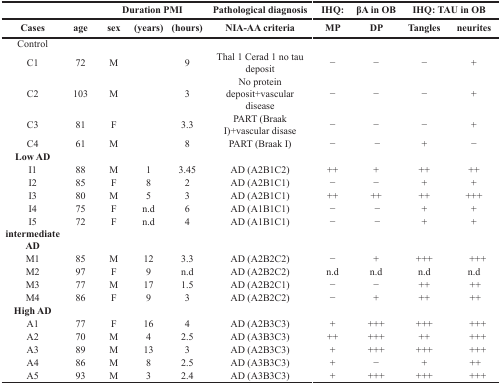
<table><thead><tr><td></td><td></td><td colspan="3"><b>Duration PMI</b></td><td><b>Pathological diagnosis</b></td><td><b>IHQ:</b></td><td><b>βA in OB</b></td><td colspan="2"><b>IHQ: TAU in OB</b></td></tr><tr><td><b>Cases</b></td><td><b>age</b></td><td><b>sex</b></td><td><b>(years)</b></td><td><b>(hours)</b></td><td><b>NIA-AA criteria</b></td><td><b>MP</b></td><td><b>DP</b></td><td><b>Tangles</b></td><td><b>neurites</b></td></tr></thead><tbody><tr><td>Control</td><td></td><td></td><td></td><td></td><td></td><td></td><td></td><td></td><td></td></tr><tr><td> C1</td><td>72</td><td>M</td><td></td><td>9</td><td>Thal 1 Cerad 1 no tau deposit</td><td>−</td><td>−</td><td>−</td><td>+</td></tr><tr><td> C2</td><td>103</td><td>M</td><td></td><td>3</td><td>No protein deposit+vascular disease</td><td>−</td><td>−</td><td>−</td><td>+</td></tr><tr><td> C3</td><td>81</td><td>F</td><td></td><td>3.3</td><td>PART (Braak I)+vascular disase</td><td>−</td><td>−</td><td>−</td><td>+</td></tr><tr><td> C4</td><td>61</td><td>M</td><td></td><td>8</td><td>PART (Braak I)</td><td>−</td><td>−</td><td>+</td><td>−</td></tr><tr><td><b>Low AD</b></td><td></td><td></td><td></td><td></td><td></td><td></td><td></td><td></td><td></td></tr><tr><td> I1</td><td>88</td><td>M</td><td>1</td><td>3.45</td><td>AD (A2B1C2)</td><td>++</td><td>+</td><td>++</td><td>++</td></tr><tr><td> I2</td><td>85</td><td>F</td><td>8</td><td>2</td><td>AD (A2B1C1)</td><td>−</td><td>−</td><td>+</td><td>+</td></tr><tr><td> I3</td><td>80</td><td>M</td><td>5</td><td>3</td><td>AD (A2B1C1)</td><td>++</td><td>++</td><td>++</td><td>+++</td></tr><tr><td> I4</td><td>75</td><td>F</td><td>n.d</td><td>6</td><td>AD (A1B1C1)</td><td>−</td><td>−</td><td>+</td><td>+</td></tr><tr><td> I5</td><td>72</td><td>F</td><td>n.d</td><td>4</td><td>AD (A1B1C1)</td><td>−</td><td>−</td><td>+</td><td>+</td></tr><tr><td><b>intermediate AD</b></td><td></td><td></td><td></td><td></td><td></td><td></td><td></td><td></td><td></td></tr><tr><td> M1</td><td>85</td><td>M</td><td>12</td><td>3.3</td><td>AD (A2B2C2)</td><td>−</td><td>+</td><td>+++</td><td>+++</td></tr><tr><td> M2</td><td>97</td><td>F</td><td>9</td><td>n.d</td><td>AD (A2B2C2)</td><td>n.d</td><td>n.d</td><td>n.d</td><td>n.d</td></tr><tr><td> M3</td><td>77</td><td>M</td><td>17</td><td>1.5</td><td>AD (A2B2C1)</td><td>−</td><td>−</td><td>++</td><td>++</td></tr><tr><td> M4</td><td>86</td><td>F</td><td>9</td><td>3</td><td>AD (A2B2C2)</td><td>−</td><td>+</td><td>++</td><td>++</td></tr><tr><td><b>High AD</b></td><td></td><td></td><td></td><td></td><td></td><td></td><td></td><td></td><td></td></tr><tr><td> A1</td><td>77</td><td>F</td><td>16</td><td>4</td><td>AD (A2B3C3)</td><td>+</td><td>+++</td><td>+++</td><td>+++</td></tr><tr><td> A2</td><td>70</td><td>M</td><td>4</td><td>2.5</td><td>AD (A3B3C3)</td><td>++</td><td>+++</td><td>++</td><td>+++</td></tr><tr><td> A3</td><td>89</td><td>M</td><td>13</td><td>3</td><td>AD (A2B3C3)</td><td>+</td><td>+++</td><td>+++</td><td>+++</td></tr><tr><td> A4</td><td>86</td><td>M</td><td>8</td><td>2.5</td><td>AD (A3B3C3)</td><td>+</td><td>−</td><td>+</td><td>++</td></tr><tr><td> A5</td><td>93</td><td>M</td><td>3</td><td>2.4</td><td>AD (A3B3C3)</td><td>+</td><td>+++</td><td>+++</td><td>+++</td></tr></tbody></table>